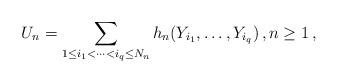
LaTeX: \begin{align*}U_n=\sum_{1\le i_1<\cdots<i_q\le N_n}h_n(Y_{i_1},\ldots,Y_{i_q})\,,n\geq 1\,,\end{align*}